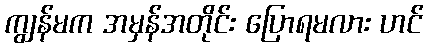
ကျွန်မက အမှန်အတိုင်း ပြောရမလား ဟင်